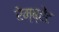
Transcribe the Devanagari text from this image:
रेम्ब्रेंट